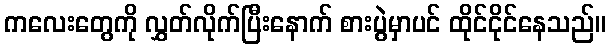
ကလေးတွေကို လွှတ်လိုက်ပြီးနောက် စားပွဲမှာပင် ထိုင်ငိုင်နေသည်။